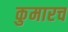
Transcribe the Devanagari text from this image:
कुमारच